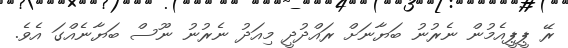
ރޭ ޕީޕީއެމުން ނެރުނު ބަޔާނަށް ރައްދުދީ މިއަދު ނެރުނު ނޫސް ބަޔާނެއްގަ އެވެ.